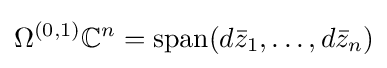
\Omega ^{(0,1)}\mathbb {C} ^{n}=\operatorname {span} (d{\bar {z}}_{1},\dots ,d{\bar {z}}_{n})